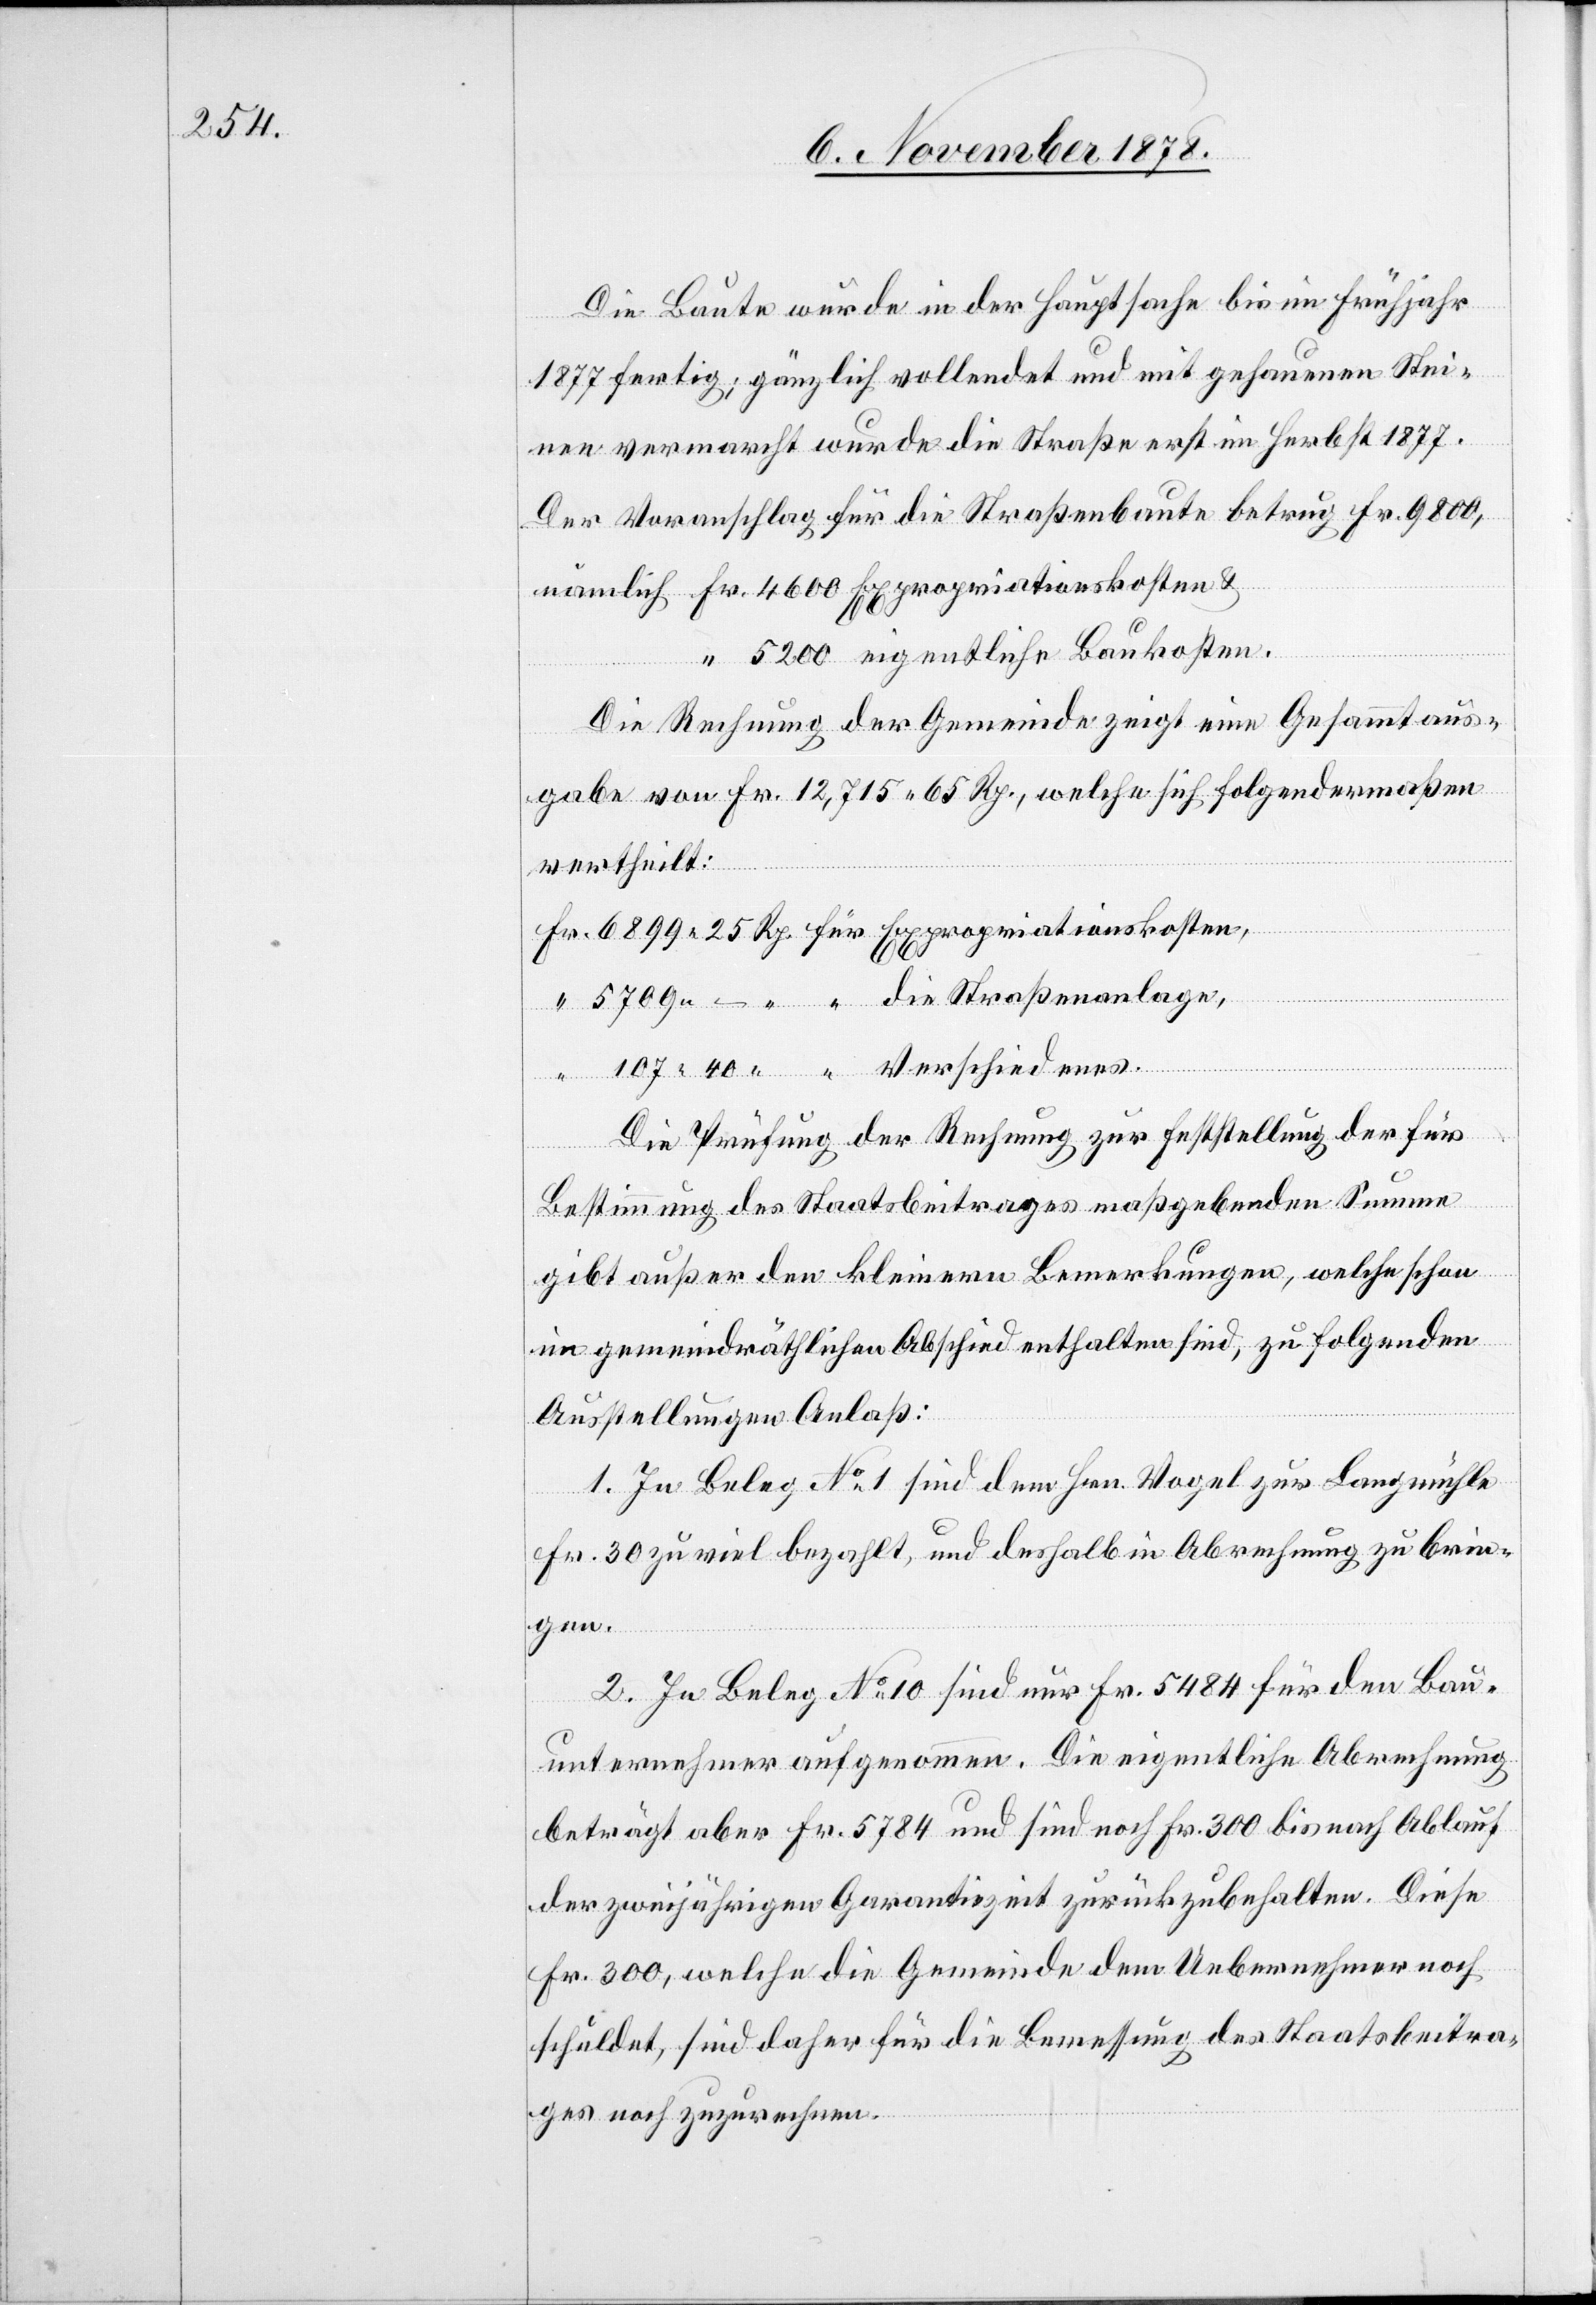
Die Baute wurde in der Hauptsache bis im Frühjahr
1877 fertig; gänzlich vollendet und mit gehauenen Stei¬
nen vermarcht wurde die Straße erst im Herbst 1877.
Der Voranschlag für die Straßenbaute betrug Fr. 9800,
nämlich Fr. 4600 Expropriationskosten &
“ 5200 eigentliche Baukosten.
Die Rechnung der Gemeinde zeigt eine Gesammtaus¬
gabe von Fr. 12,715 65 Rp., welche sich folgendermaßen
vertheilt:
Fr. 6899 25 Rp. für Exporpriationskosten,
“ 5709 – “ “ die Straßenanlage,
107 40 “ “ Verschiedenes.
Die Prüfung der Rechnung zur Feststellung der für
Bestimmung des Staatsbeitrages maßgebenden Summe
gibt außer den kleinern Bemerkungen, welche schon
im gemeindräthlichen Abschied enthalten sind, zu folgenden
Ausstellungen Anlaß:
1. In Beleg No 1 sind dem Hrn. Vogel zur Langmühle
Fr. 30 zu viel bezahlt, und deshalb in Abrechnung zu brin¬
gen.
2. In Beleg No 10 sind nur Fr. 5484 für den Bau¬
unternehmer aufgenommen. Die eigentliche Abrechnung
beträgt aber Fr. 5784 und sind noch Fr. 300 bis nach Ablauf
der zweijährigen Garantiezeit zurückzubehalten. Diese
Fr. 300, welche die Gemeinde dem Uebernehmer noch
schuldet, sind daher für die Bemessung des Staatsbeitra¬
gs noch zuzurechnen.